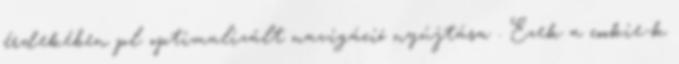
érdekében pl. optimalizált navigáció nyújtása . Ezek a cookie-k